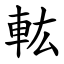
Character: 䡌